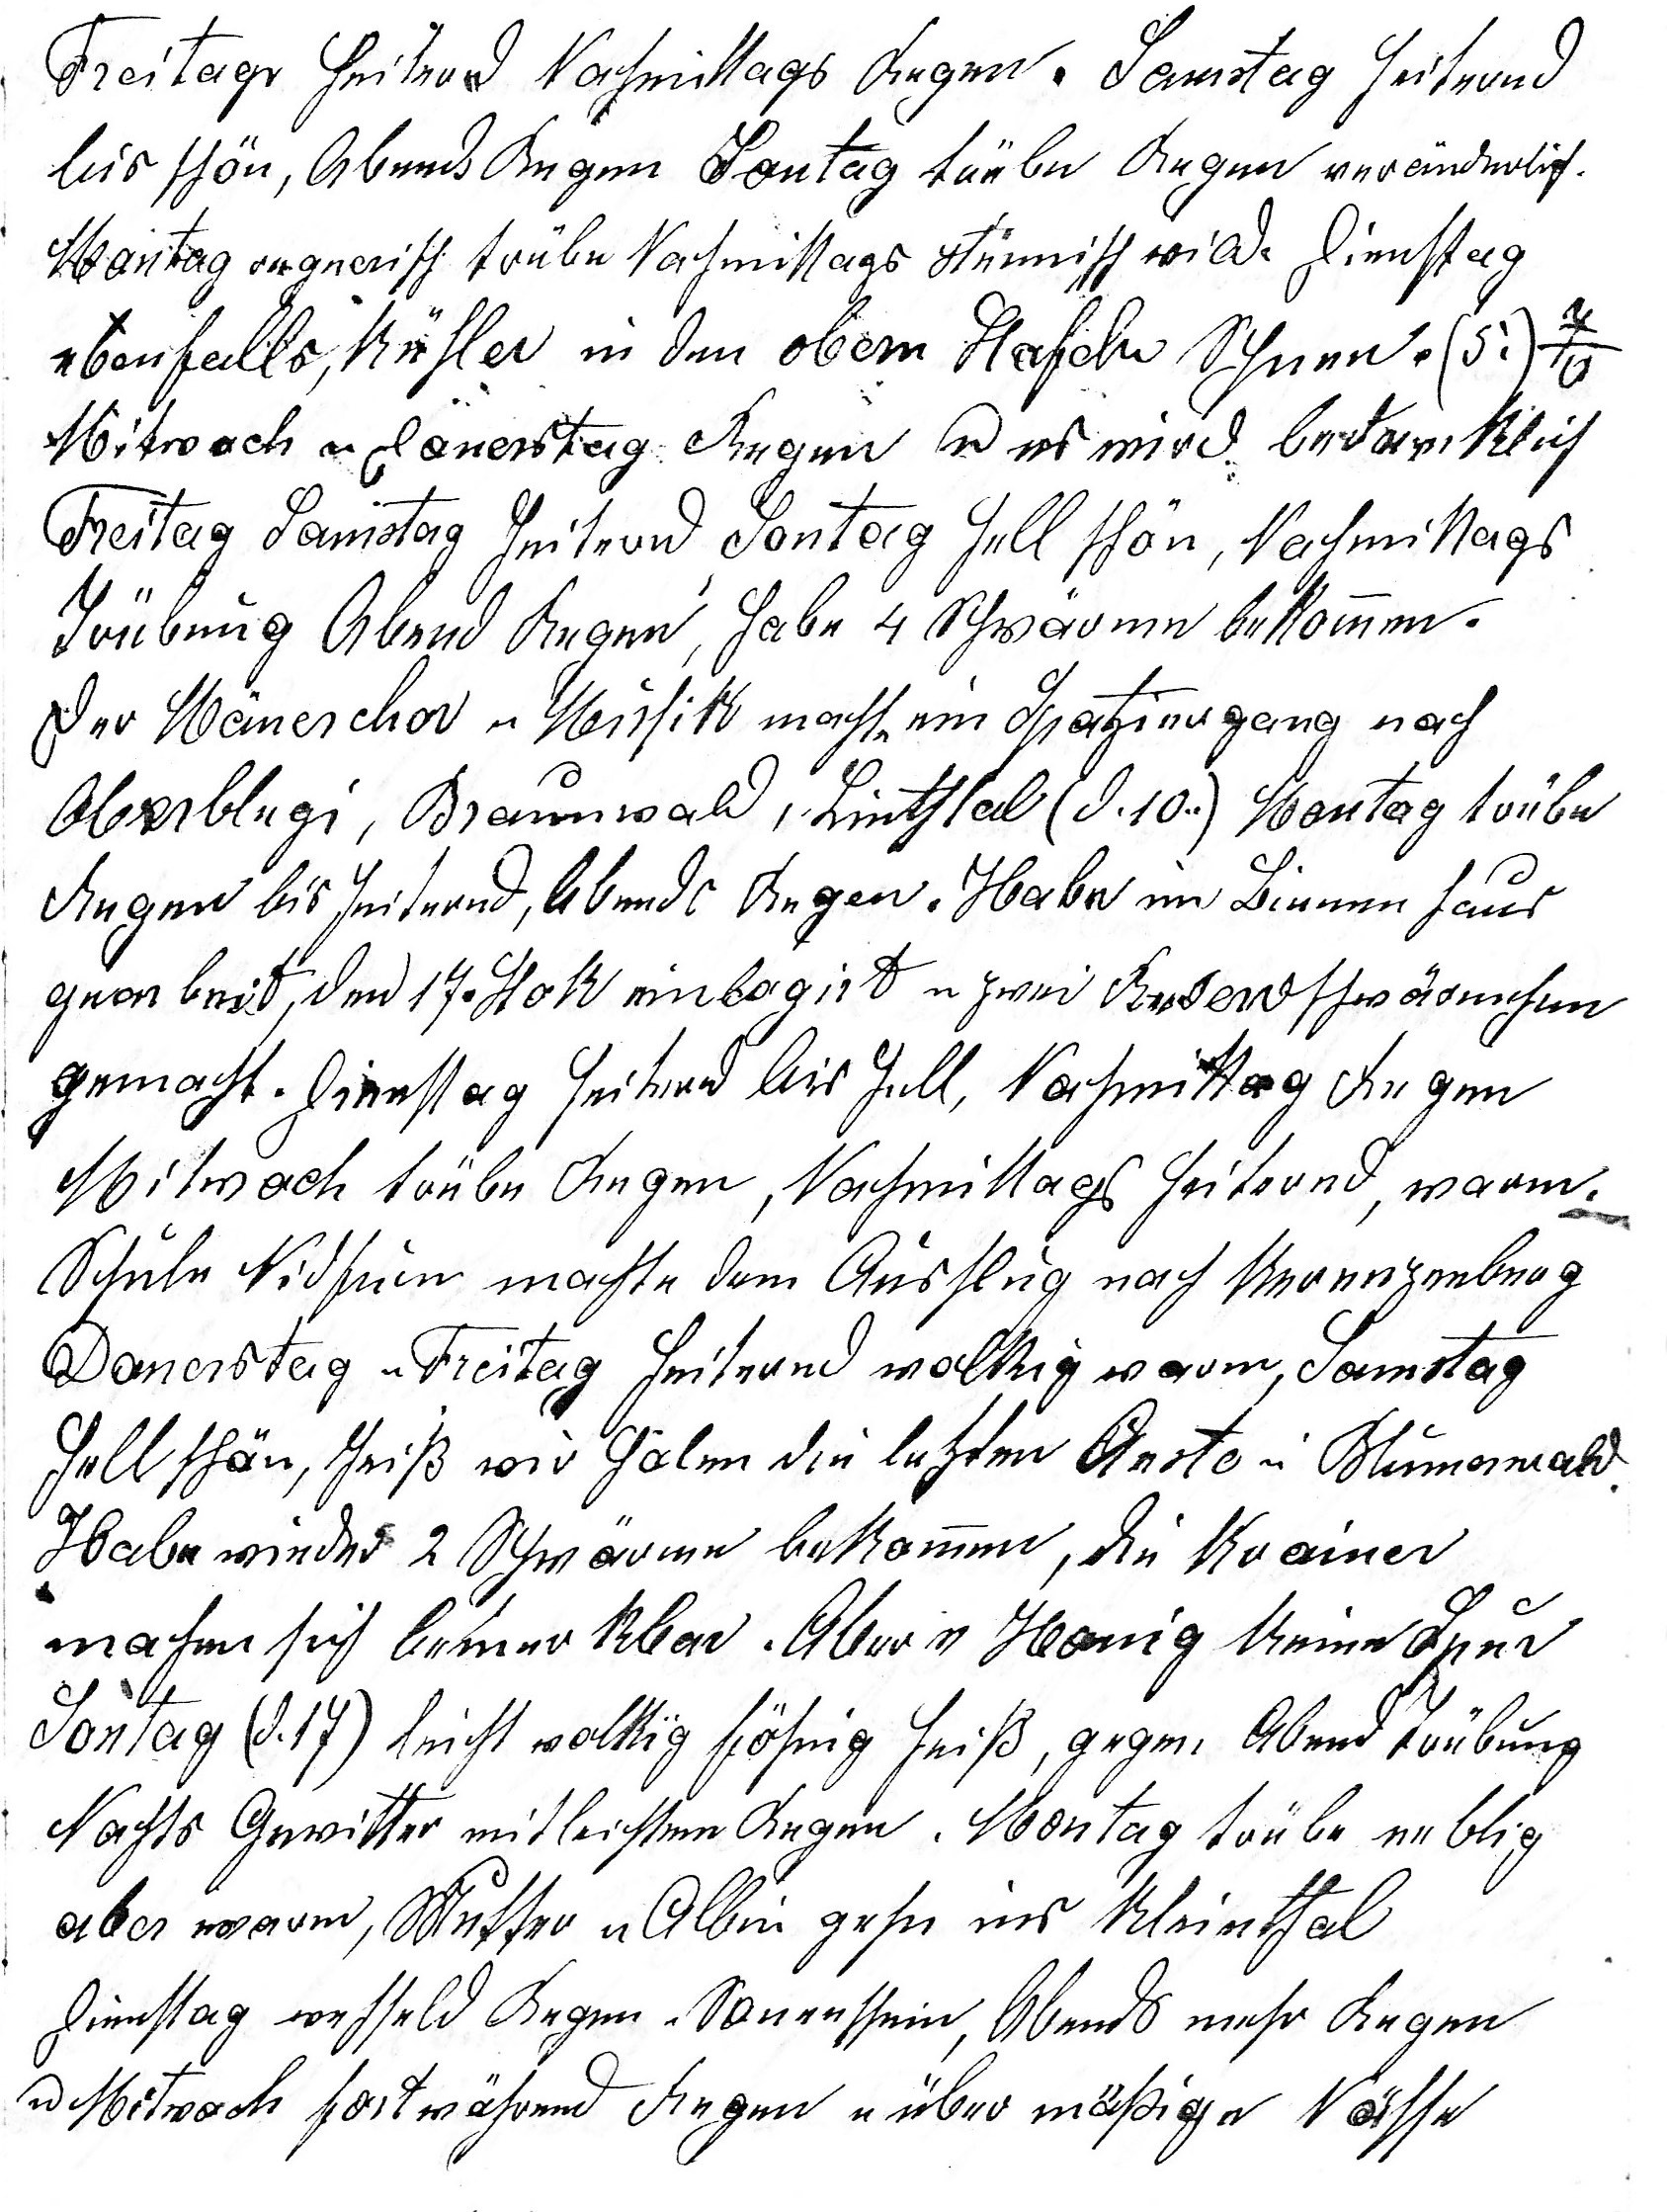
Freitag heiternd Nachmittags Regen. Samstag heiternd
bis schön, Abends Regen Sontag trübe Regen veränderlich.
Montag regnerisch trübe Nachmittags stürmisch wild. Dienstag

ebenfalls, kühler in den obern Stafeln Schnee. (5.) 7o
Mitwoch u Donerstag Regen u es wird bedenklich
Freitag Samstag heiternd Sontag hell schön, Nachmittags

Trübung Abend Regen, habe 4 Schwärme bekommen.
Der Mänerchor u Musik macht ein Spatzierung nach
Oberblegi, Braunwald, Linthtal (d. 10.) Montag trübe
Regen bis heiternd, Abends Regen. Habe ein Bienenhaus
gearbeitet, den 17. Stok einlogirt u zwei Reserve¬schwärmchen
gemacht. Dienstag heiternd bis hell, Nachmittag Regen
Mitwoch trübe Regen, Nchmittags heiternd, warm.
Schule Nidfurn machte den Ausflug nach Kerenzerberg.

Donerstag u Freitag heiternd wolkig warm, Samstag
hell schön, heiss wir holen die letzten Aeste in Blumerwald.
Habe wieder 2 Schwärme bekommen, die Krainer
machen sich bemerkbar. Aber v Honig keine Spur.
Sontag (d. 17.) leicht wolkig föhnig heiss, gegen Abend Trübung
Nachts Gewitter mit leichtem Regen. Montag trübe neblig
aber warm, Mutter u Albin gehn ins Kleinthal
Dienstag wechselnd Regen u Sonenschein, Abends mehr Regen
u Mitwoch fortwährend Regen u über mässige Nässe.